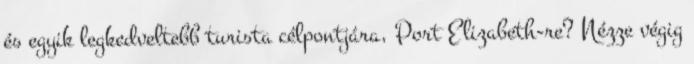
és egyik legkedveltebb turista célpontjára, Port Elizabeth-re? Nézze végig